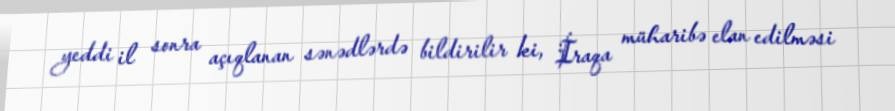
yeddi il sonra açıqlanan sənədlərdə bildirilir ki, İraqa müharibə elan edilməsi